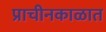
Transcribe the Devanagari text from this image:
प्राचीनकाळात